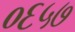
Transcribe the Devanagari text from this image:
०६५७